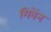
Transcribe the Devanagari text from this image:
गिवेंन